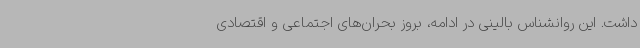
داشت. این روانشناس بالینی در ادامه، بروز بحران‌های اجتماعی و اقتصادی